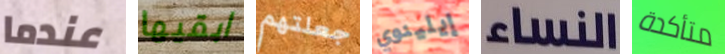
عندما ابقيها جعلتهم إيلينوي النساء متأكدة